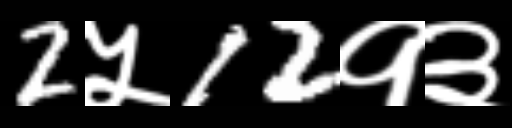
Text: 2५12१३